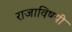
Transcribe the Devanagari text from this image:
राजाविषयी